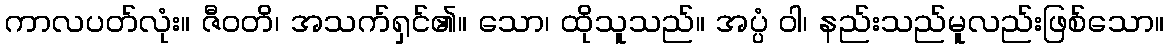
ကာလပတ်လုံး။ ဇီဝတိ၊ အသက်ရှင်၏။ သော၊ ထိုသူသည်။ အပ္ပံ ဝါ၊ နည်းသည်မူလည်းဖြစ်သော။